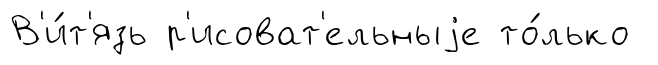
В'и́т'язь р'исоват'ельныjе то́лько